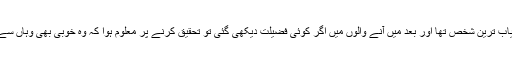
وہ پہلوں میں کامیاب ترین شخص تھا اور بعد میں آنے والوں میں اگر کوئی فضیلت دیکھی گئی تو تحقیق کرنے پر معلوم ہوا کہ وہ خوبی بھی وہاں سے ہی شروع ہوئی۔